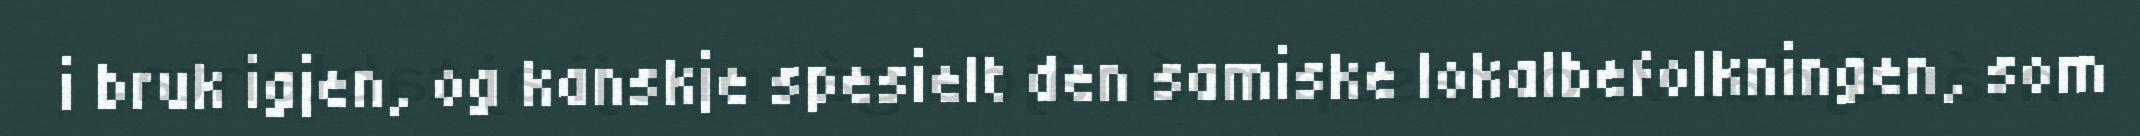
i bruk igjen, og kanskje spesielt den samiske lokalbefolkningen, som